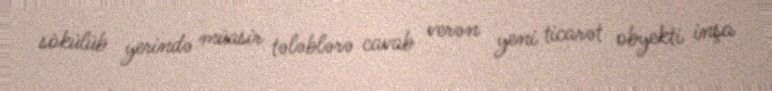
sökülüb yerində müasir tələblərə cavab verən yeni ticarət obyekti inşa